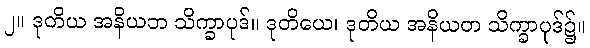
၂။ ဒုတိယ အနိယဘ သိက္ခာပုဒ်။ ဒုတိယေ၊ ဒုတိယ အနိယတ သိက္ခာပုဒ်၌။